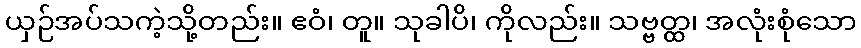
ယှဉ်အပ်သကဲ့သို့တည်း။ ဧဝံ၊ တူ။ သုခါပိ၊ ကိုလည်း။ သဗ္ဗတ္ထ၊ အလုံးစုံသော